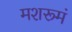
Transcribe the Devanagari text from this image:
मशरूमं